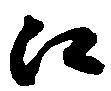
口